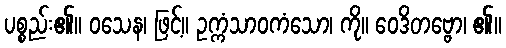
ပစ္စည်း၏။ ဝသေန၊ ဖြင့်။ ဥက္ကံသာဝကံသော၊ ကို။ ဝေဒိတဗ္ဗော၊ ၏။